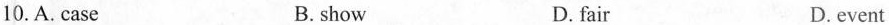
10.A.case B. show D.fair D.event